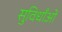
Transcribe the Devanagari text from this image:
सुविधाँओ